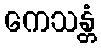
ကေသန္တံ